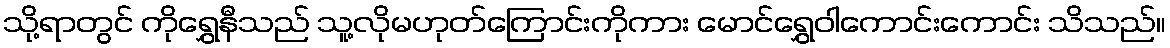
သို့ရာတွင် ကိုရွှေနီသည် သူ့လိုမဟုတ်ကြောင်းကိုကား မောင်ရွှေဝါကောင်းကောင်း သိသည်။